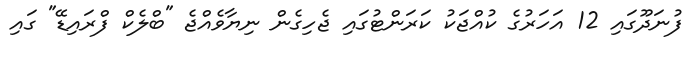
ފުނަދޫގައި 12 އަހަރުގެ ކުއްޖަކު ކަރަންޓުގައި ޖެހިގެން ނިޔާވެއްޖެ "ބްލެކް ފްރައިޑޭ" ގައި